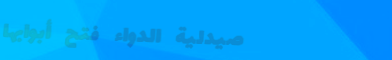
صيدلية الدواء فتح أبوابها